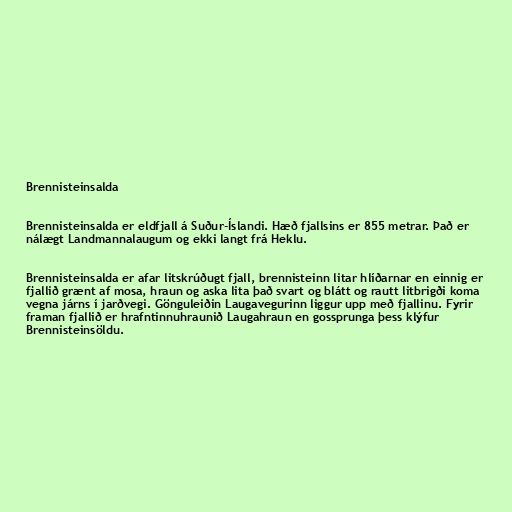
Brennisteinsalda

Brennisteinsalda er eldfjall á Suður-Íslandi. Hæð fjallsins er 855 metrar. Það er
nálægt Landmannalaugum og ekki langt frá Heklu.

Brennisteinsalda er afar litskrúðugt fjall, brennisteinn litar hlíðarnar en einnig er
fjallið grænt af mosa, hraun og aska lita það svart og blátt og rautt litbrigði koma
vegna járns í jarðvegi. Gönguleiðin Laugavegurinn liggur upp með fjallinu. Fyrir
framan fjallið er hrafntinnuhraunið Laugahraun en gossprunga þess klýfur
Brennisteinsöldu.